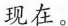
现在。